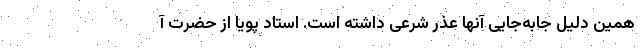
همین دلیل جابه‌جایی آنها عذر شرعی داشته است. استاد پویا از حضرت آ